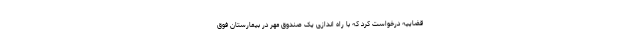
قضاییه درخواست کرد که با راه اندازی یک صندوق مهر در بیمارستان فوق